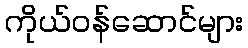
ကိုယ်ဝန်ဆောင်များ